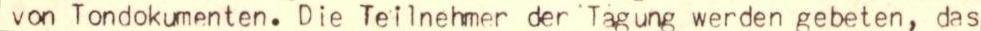
von Tondokumenten. Die Teilnehmer der Tagung werden gebeten, das